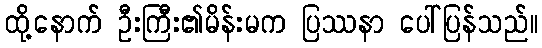
ထို့နောက် ဦးကြီး၏မိန်းမက ပြဿနာ ပေါ်ပြန်သည်။